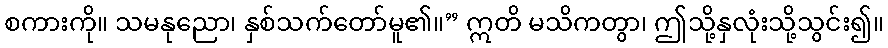
စကားကို။ သမနုညော၊ နှစ်သက်တော်မူ၏။” ဣတိ မသိကတွာ၊ ဤသို့နှလုံးသို့သွင်း၍။